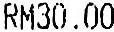
RM30.00